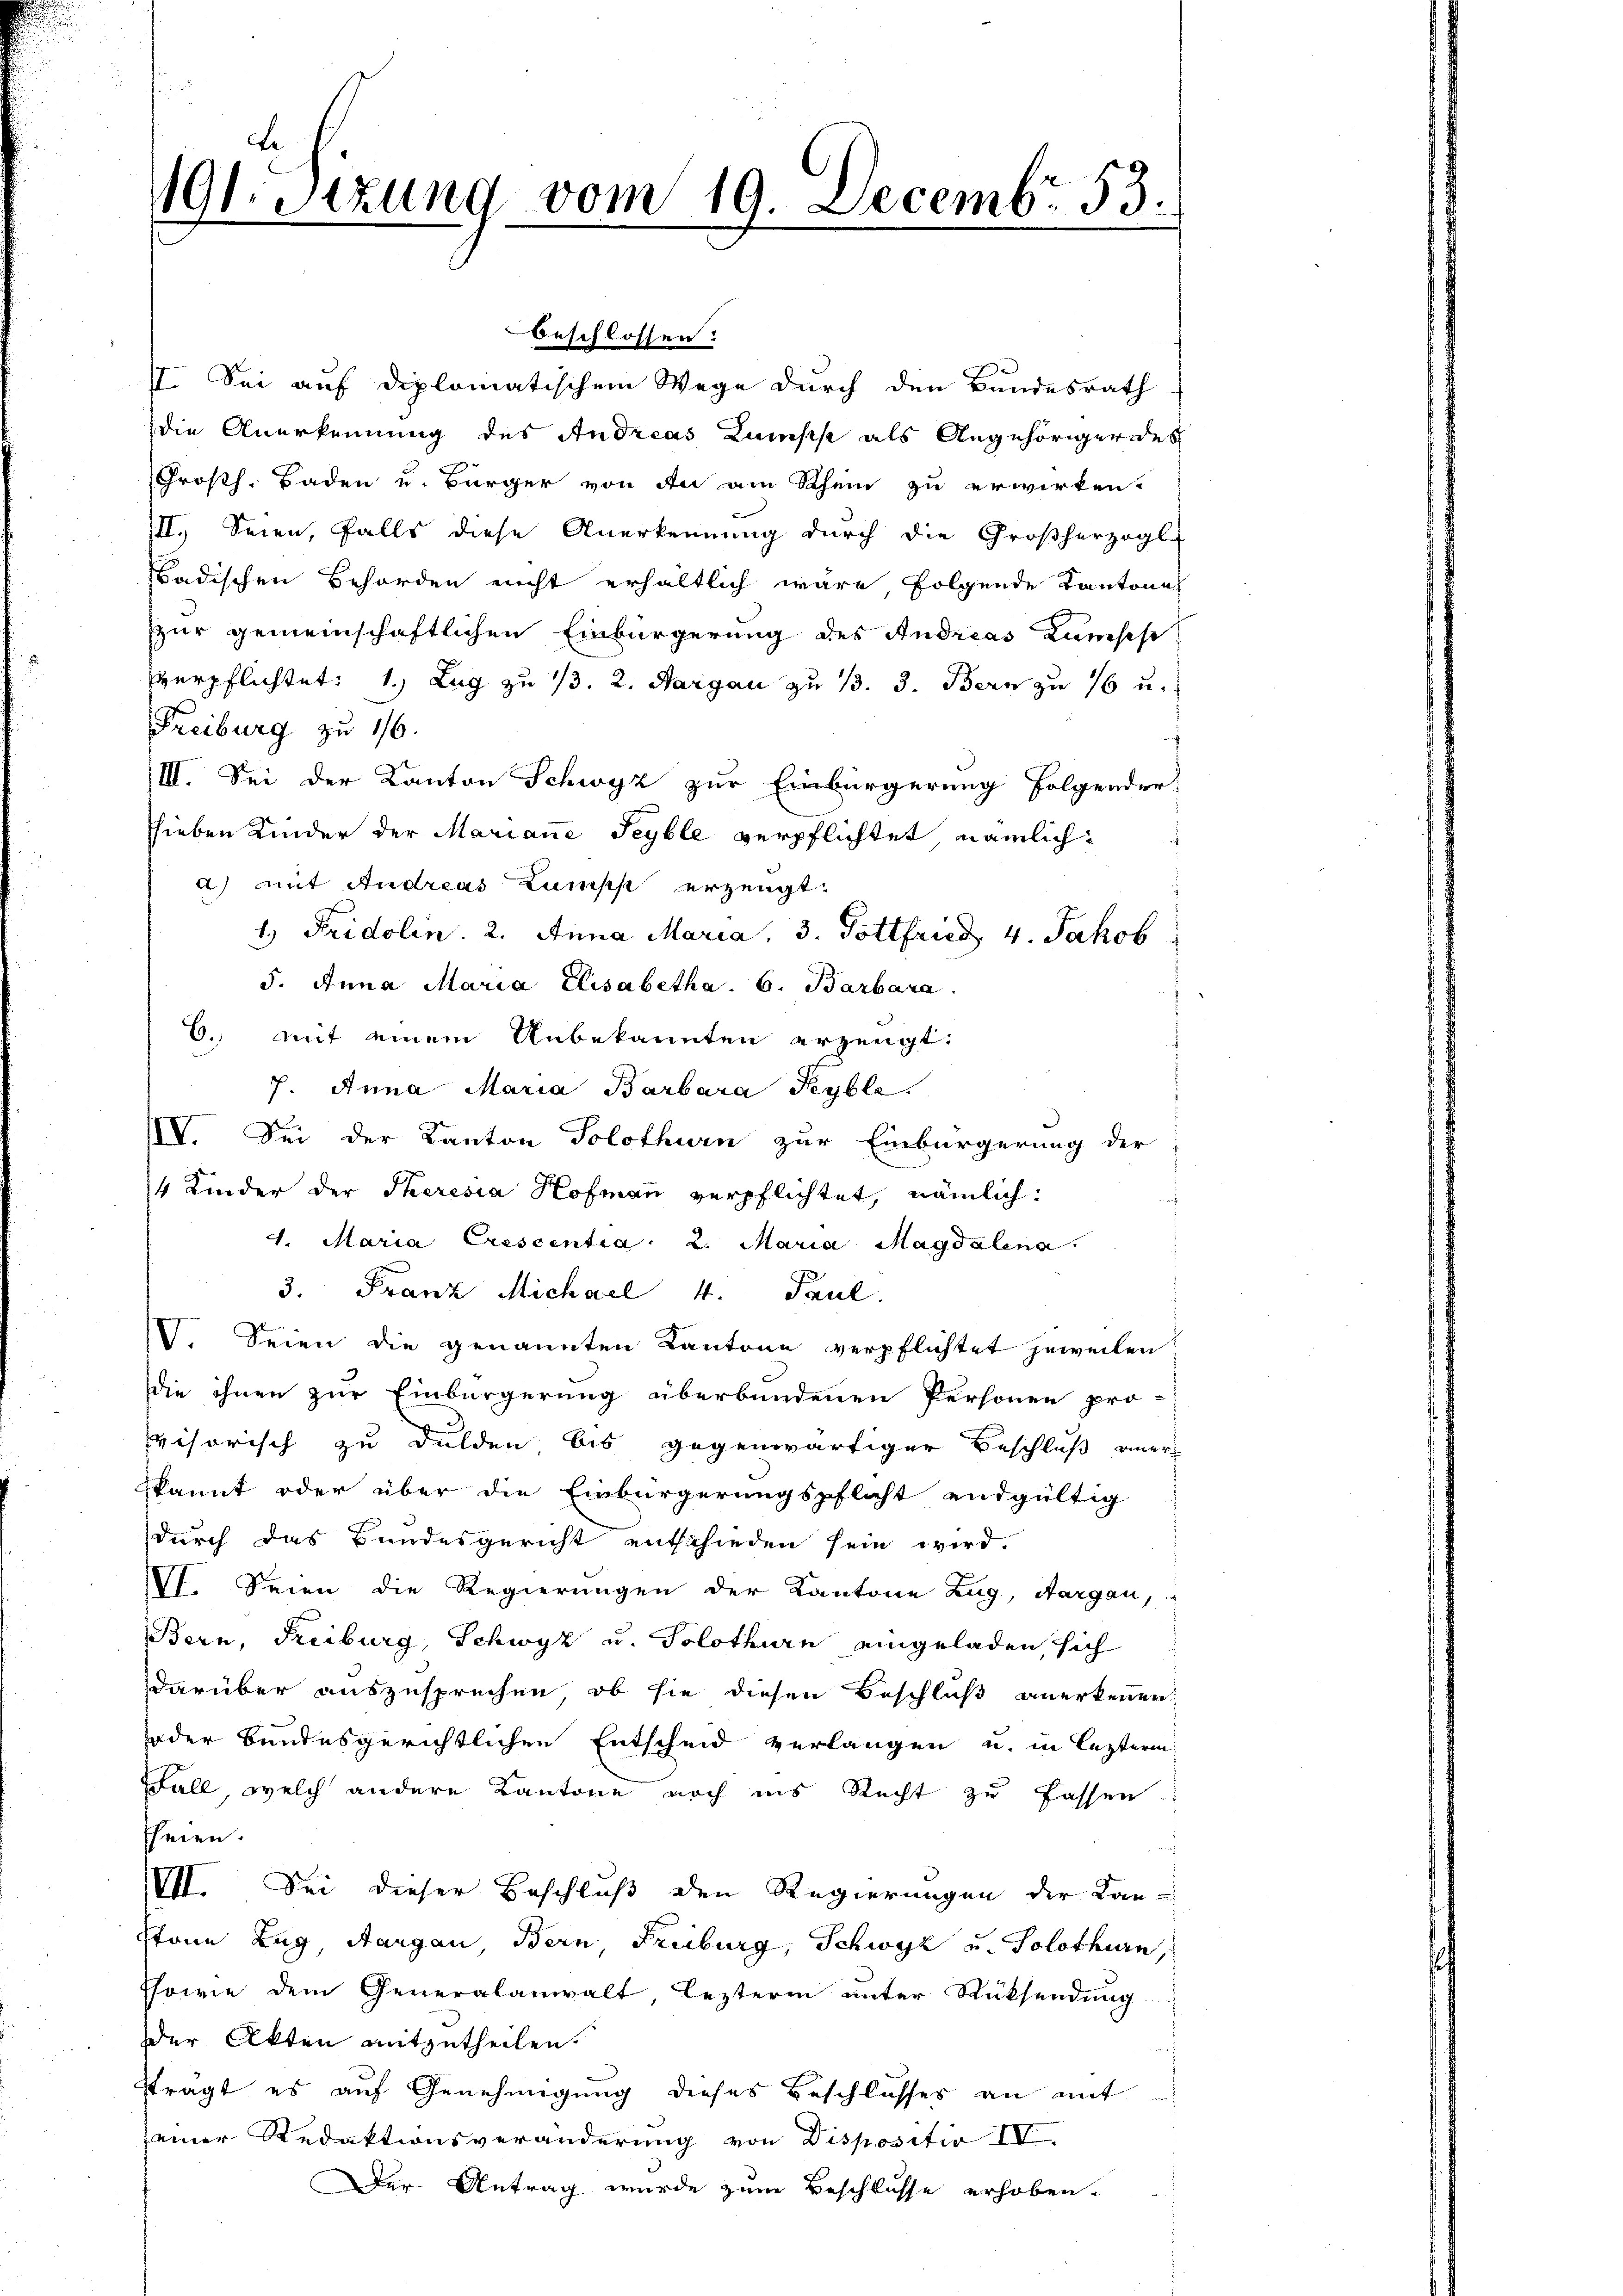
beschlossen:
II. Sei auf diplomatischem Wege durch den Bundesrath
die Anerkennung des Andreas Konsis als Angehöriger des
Großh. Baden u. Bürger von An am Rhein zu erwirkten.
III. Seien, falls diese Anerkennung durch die Großherzogl
badischen Behörden nicht erhältlich wäre folgende Kantonal
sur gemeinschaftlichen Einbürgerung des Andreas Kamische
verpflichtet: 1.) Zug zu 13. 2. Margau zu 13. 3. Bern zu 16 u.
Freiburg zu 1/6.
III. Sei der Kanton Schwyz zur Einbürgerung folgender
shieben Kinder der Mariane Seyble verpflichtet, nämlicha) mit Andreas Kumpf erzeugt.
1.) Fridolin. 2. Anna Maria, 3. Gottfried, 4. Jakob
J. Anna Maria Elisabetha. 6. Barbara
6. mit einem Unbekannten erzeugt.
7. Anna Maria Barbara Keyble.
IIV. Sei der Kanton Solothurn zur Einbürgerung der
14 Kinder der Theresia Hofmann verpflichtet, nämlich
4. Maria Crescentia: 2. Maria Magdalena.
3. Franz Michael 4. Paul.
. Seien die genannten Kantone verpflichtet jeweilen
die ihnen zur Einbürgerung überbundenen Personen pro-
visorisch zu dulden bis gegenwärtiger Beschluß aner
kannt oder über die Einbürgerungspflicht endgültig
durch das Bundesgericht entschieden sein wird.
VI. Seien die Regierungen der Kantone Zug, Aargau,
Bern, Freiburg, Schwyz u. Solothurn eingeladen, sich
darüber auszusprechen, ob sie diesen Beschluß anerkennen
oder bundesgerichtlichen Entscheid verlangen u. in lezteren
FFall welch andere Kantone noch ins Recht zu fassen.
heien.
VII. Sei dieser Beschluß den Regierungen der Kan-
Stone Zug, Aargau, Bern, Freiburg, Schwyz u. Solothurn
Tsowie dem Generalanwalt, lezterm unter Rücksendung
der Akten mitzutheilen.
ftragt es auf Genehmigung dieses Beschlusses an mit
seiner Redaktionsveränderung von Dispositio IV
Der Antrag wurde zum Beschlusse erhoben.

191. Sitzung vom 19. Decembr 53.

s